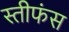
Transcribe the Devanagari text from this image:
स्तीफंस